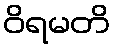
ဝိရမတိ